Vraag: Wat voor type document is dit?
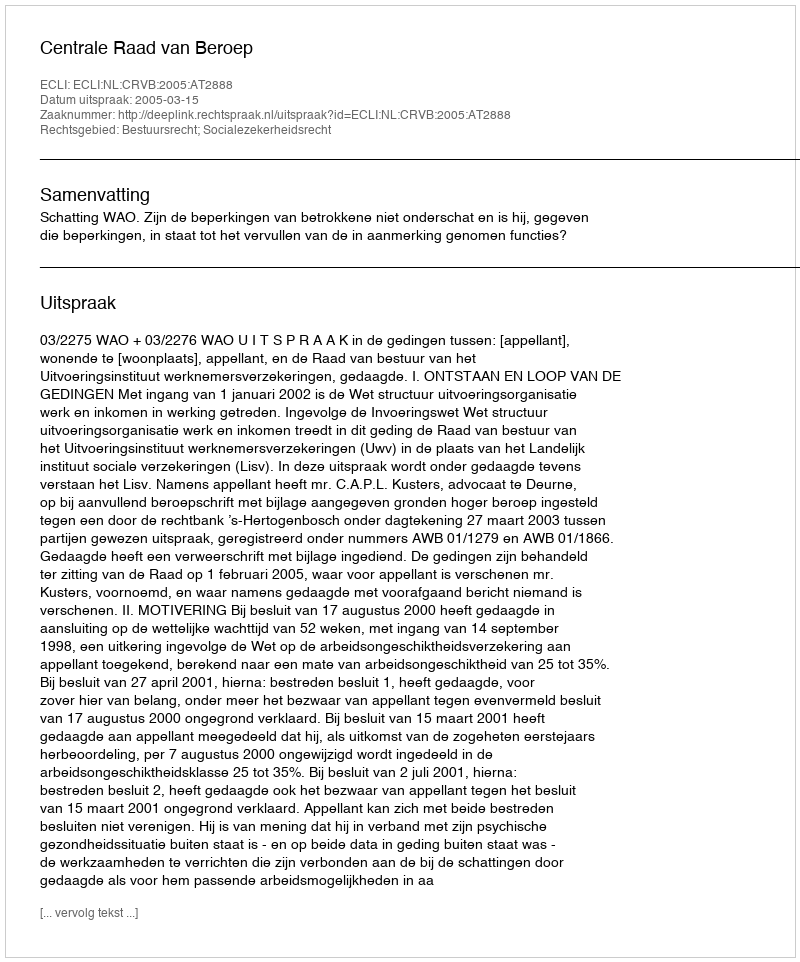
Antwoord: Uitspraak